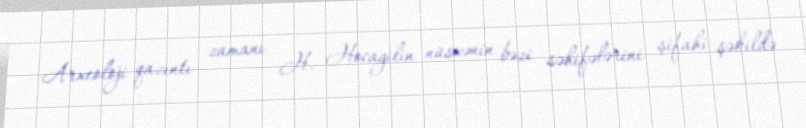
Arxeoloji qazıntı zamanı H. Hocagilin nüsxənin bəzi səhifələrini şifahi şəkildə